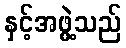
နှင့်အဖွဲ့သည်